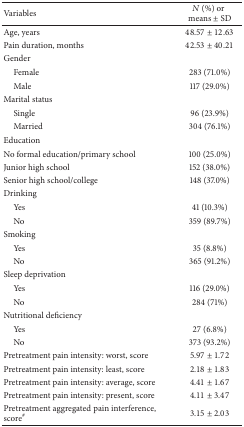
<table><thead><tr><td><b>Variables</b></td><td><b><i>N</i> (%) ormeans ± SD</b></td></tr></thead><tbody><tr><td>Age, years</td><td>48.57 ± 12.63</td></tr><tr><td>Pain duration, months</td><td>42.53 ± 40.21</td></tr><tr><td>Gender</td><td> </td></tr><tr><td> Female</td><td>283 (71.0%)</td></tr><tr><td> Male</td><td>117 (29.0%)</td></tr><tr><td>Marital status</td><td> </td></tr><tr><td> Single</td><td> 96 (23.9%)</td></tr><tr><td> Married</td><td>304 (76.1%)</td></tr><tr><td>Education</td><td> </td></tr><tr><td>No formal education/primary school</td><td>100 (25.0%)</td></tr><tr><td>Junior high school</td><td>152 (38.0%)</td></tr><tr><td>Senior high school/college </td><td>148 (37.0%)</td></tr><tr><td>Drinking </td><td> </td></tr><tr><td>Yes</td><td> 41 (10.3%)</td></tr><tr><td>No</td><td>359 (89.7%)</td></tr><tr><td>Smoking</td><td> </td></tr><tr><td> Yes</td><td> 35 (8.8%)</td></tr><tr><td> No</td><td>365 (91.2%)</td></tr><tr><td>Sleep deprivation</td><td> </td></tr><tr><td> Yes</td><td>116 (29.0%)</td></tr><tr><td> No</td><td>284 (71%)</td></tr><tr><td>Nutritional deficiency</td><td> </td></tr><tr><td> Yes</td><td>27 (6.8%)</td></tr><tr><td> No</td><td>373 (93.2%)</td></tr><tr><td>Pretreatment pain intensity: worst, score</td><td>5.97 ± 1.72</td></tr><tr><td>Pretreatment pain intensity: least, score</td><td>2.18 ± 1.83</td></tr><tr><td>Pretreatment pain intensity: average, score</td><td>4.41 ± 1.67</td></tr><tr><td>Pretreatment pain intensity: present, score</td><td>4.11 ± 3.47</td></tr><tr><td>Pretreatment aggregated pain interference, score<sup>#</sup></td><td>3.15 ± 2.03</td></tr></tbody></table>